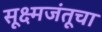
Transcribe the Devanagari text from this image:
सूक्ष्मजंतूचा